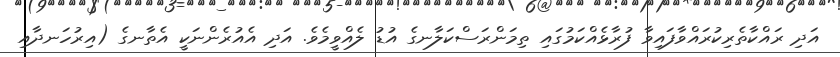
އަދި ރައްކާތެރިކުރައްވާފައިވާ ފުރާޅެއްކަމުގައި ތިމަންރަސްކަލާނގެ އުޑު ލެއްވީމެވެ. އަދި އެއުރެންނަކީ އެތާނގެ (އިރުހަނދާއި